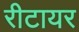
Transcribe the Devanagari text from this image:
रीटायर